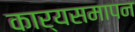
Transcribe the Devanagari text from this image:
कार्यसमापन